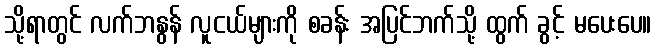
သို့ရာတွင် လက်ဘနွန် လူငယ်များကို စခန်း အပြင်ဘက်သို့ ထွက် ခွင့် မပေးပေ။